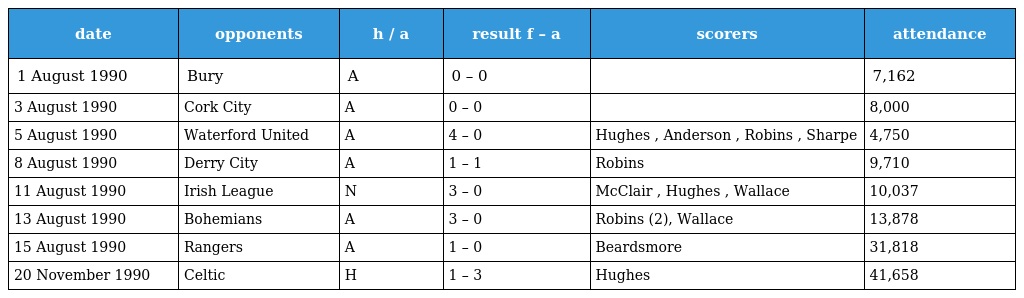
| date | opponents | h / a | result f – a | scorers | attendance |
 | --- | --- | --- | --- | --- | --- |
 | 1 August 1990 | Bury | A | 0 – 0 |  | 7,162 |
 | 3 August 1990 | Cork City | A | 0 – 0 |  | 8,000 |
 | 5 August 1990 | Waterford United | A | 4 – 0 | Hughes , Anderson , Robins , Sharpe | 4,750 |
 | 8 August 1990 | Derry City | A | 1 – 1 | Robins | 9,710 |
 | 11 August 1990 | Irish League | N | 3 – 0 | McClair , Hughes , Wallace | 10,037 |
 | 13 August 1990 | Bohemians | A | 3 – 0 | Robins (2), Wallace | 13,878 |
 | 15 August 1990 | Rangers | A | 1 – 0 | Beardsmore | 31,818 |
 | 20 November 1990 | Celtic | H | 1 – 3 | Hughes | 41,658 |